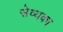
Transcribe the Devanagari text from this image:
सेव्यका